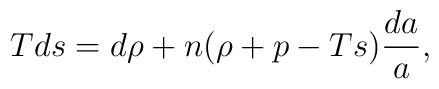
Tds=d\rho+n(\rho+p-Ts){{da}\over a},